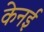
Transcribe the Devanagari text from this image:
केनई